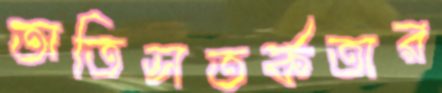
অতিসতর্কতার